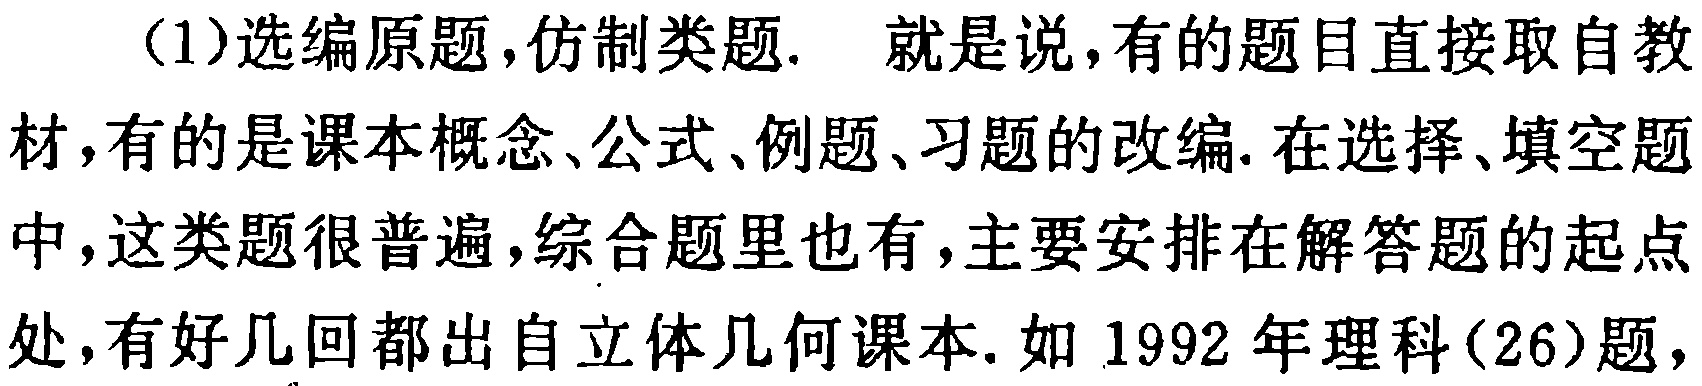
（1）选编原题，仿制类题. 就是说，有的题目直接取自教材，有的是课本概念、公式、例题、习题的改编. 在选择、填空题中，这类题很普遍，综合题里也有，主要安排在解答题的起点处，有好几回都出自立体几何课本. 如 1992 年理科(26)题，